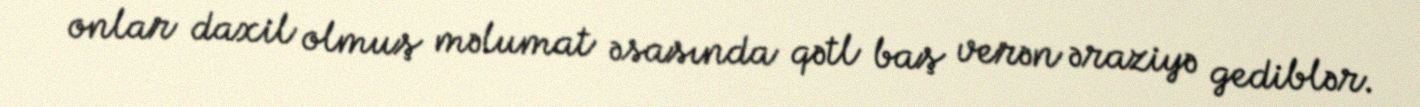
onlar daxil olmuş məlumat əsasında qətl baş verən əraziyə gediblər.